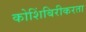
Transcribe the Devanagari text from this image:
कोशिंबिरीकरता